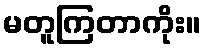
မတူကြတာကိုး။